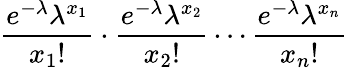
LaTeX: {\frac{e^{-\lambda}\lambda^{x_{1}}}{x_{1}!}}\cdot{\frac{e^{-\lambda}\lambda^{x_{2}}}{x_{2}!}}\cdots{\frac{e^{-\lambda}\lambda^{x_{n}}}{x_{n}!}}